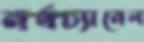
নর্থচ্যানেল